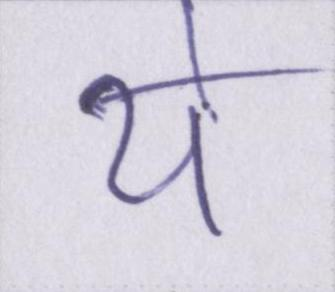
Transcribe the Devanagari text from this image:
ये